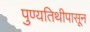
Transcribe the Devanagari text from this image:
पुण्यतिथीपासून